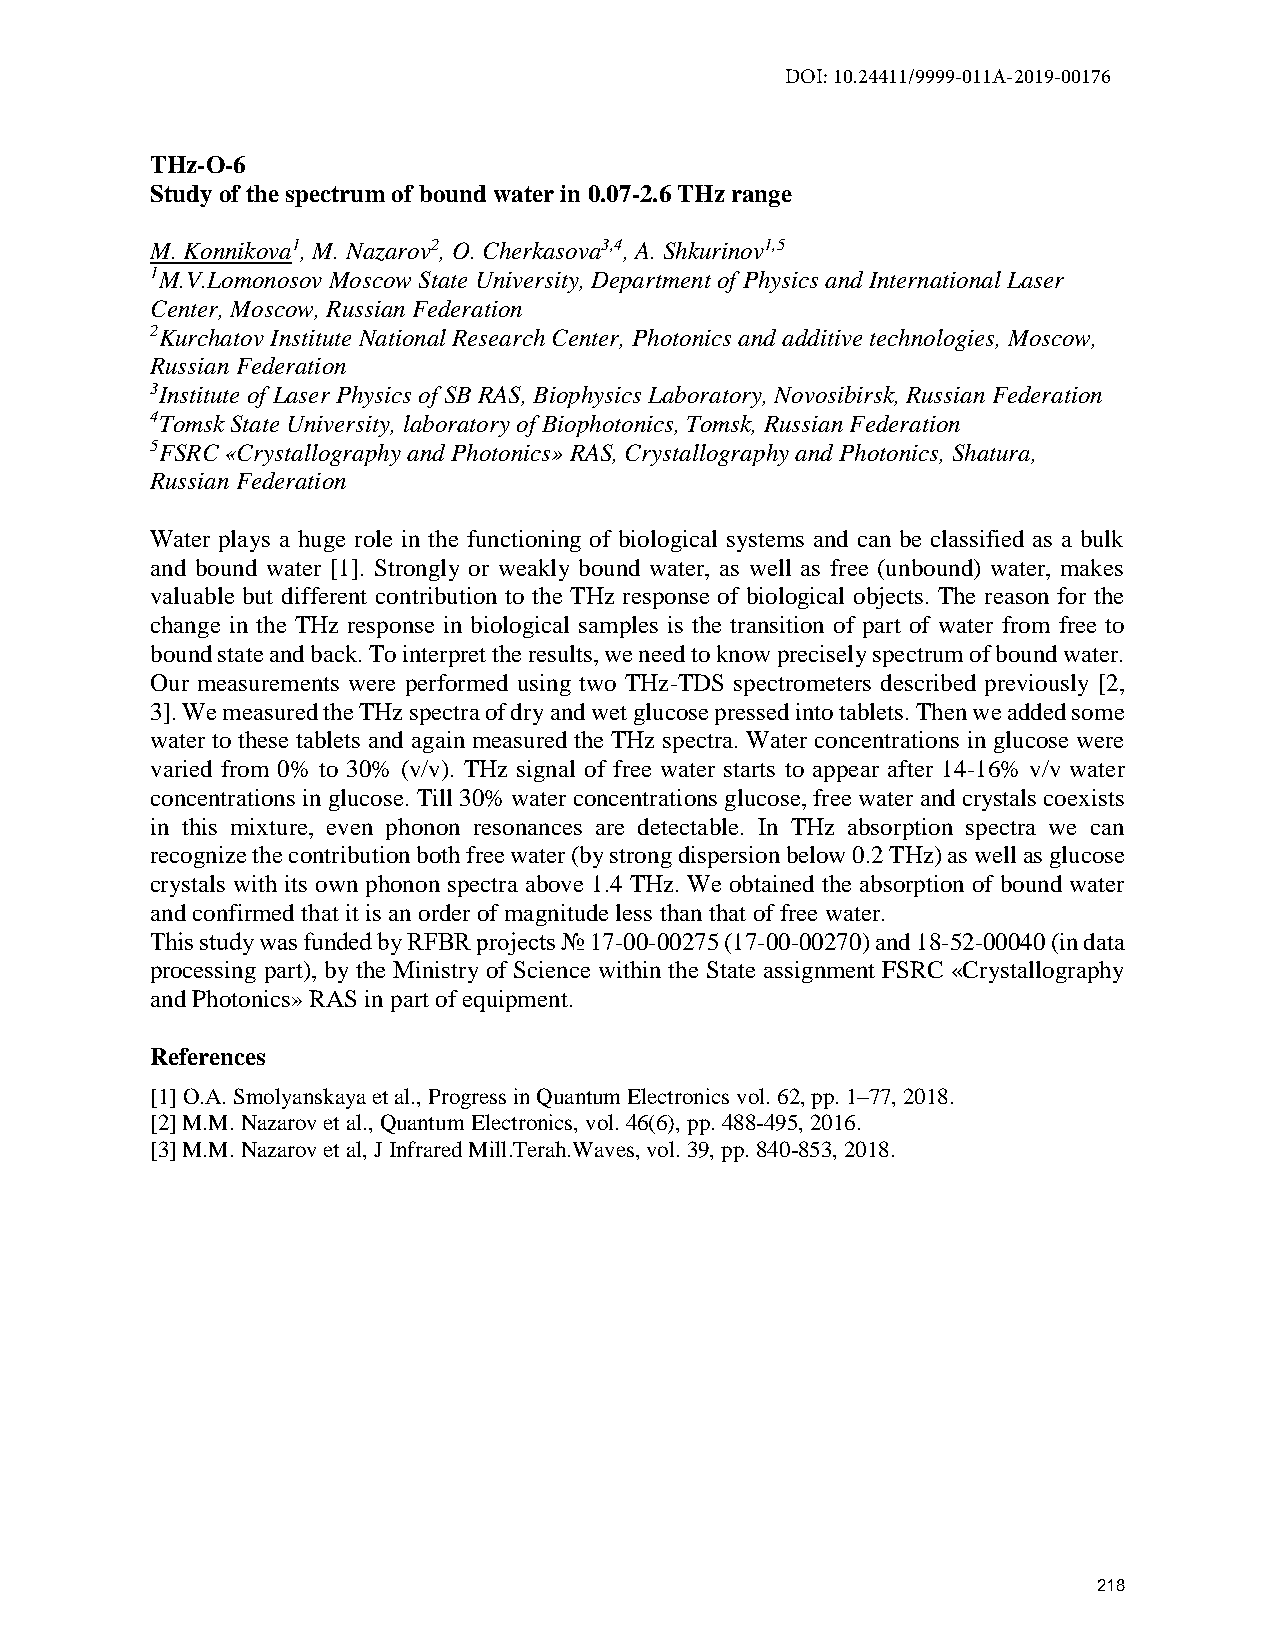
DOI: 10.24411/9999-011A-2019-00176
 THz-O-6
 Study of the spectrum of bound water in 0.07-2.6 THz range
 M. Konnikova1, M. Nazarov2, O. Cherkasova3,4, A. Shkurinov1,5
 1M.V.Lomonosov Moscow State University, Department of Physics and International Laser
 Center, Moscow, Russian Federation
 2Kurchatov Institute National Research Center, Photonics and additive technologies, Moscow,
 Russian Federation
 3Institute of Laser Physics of SB RAS, Biophysics Laboratory, Novosibirsk, Russian Federation
 4Tomsk State University, laboratory of Biophotonics, Tomsk, Russian Federation
 5FSRC «Crystallography and Photonics» RAS, Crystallography and Photonics, Shatura,
 Russian Federation
 Water plays a huge role in the functioning of biological systems and can be classified as a bulk
 and bound water [1]. Strongly or weakly bound water, as well as free (unbound) water, makes
 valuable but different contribution to the THz response of biological objects. The reason for the
 change in the THz response in biological samples is the transition of part of water from free to
 bound state and back. To interpret the results, we need to know precisely spectrum of bound water.
 Our measurements were performed using two THz-TDS spectrometers described previously [2,
 3]. We measured the THz spectra of dry and wet glucose pressed into tablets. Then we added some
 water to these tablets and again measured the THz spectra. Water concentrations in glucose were
 varied from 0% to 30% (v/v). THz signal of free water starts to appear after 14-16% v/v water
 concentrations in glucose. Till 30% water concentrations glucose, free water and crystals coexists
 in this mixture, even phonon resonances are detectable. In THz absorption spectra we can
 recognize the contribution both free water (by strong dispersion below 0.2 THz) as well as glucose
 crystals with its own phonon spectra above 1.4 THz. We obtained the absorption of bound water
 and confirmed that it is an order of magnitude less than that of free water.
 This study was funded by RFBR projects № 17-00-00275 (17-00-00270) and 18-52-00040 (in data
 processing part), by the Ministry of Science within the State assignment FSRC «Crystallography
 and Photonics» RAS in part of equipment.
 References
 [1] O.A. Smolyanskaya et al., Progress in Quantum Electronics vol. 62, pp. 1–77, 2018.
 [2] M.M. Nazarov et al., Quantum Electronics, vol. 46(6), pp. 488-495, 2016.
 [3] M.M. Nazarov et al, J Infrared Mill.Terah.Waves, vol. 39, pp. 840-853, 2018.
 218